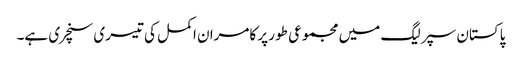
پاکستان سپر لیگ میں مجموعی طور پر کامران اکمل کی تیسری سنچری ہے۔